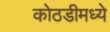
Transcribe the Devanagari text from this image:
कोठडीमध्ये